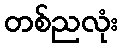
တစ်ညလုံး